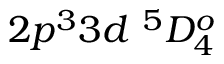
{ 2 p ^ { 3 } 3 d ~ ^ { 5 } D _ { 4 } ^ { o } }